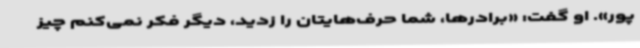
پور». او گفت: «برادرها، شما حرف‌هایتان را زدید، دیگر فکر نمی‌کنم چیز